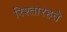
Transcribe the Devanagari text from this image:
रिश्तारहते